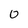
Character: 0